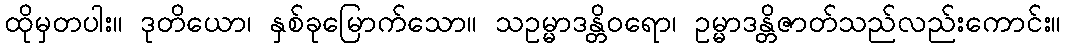
ထိုမှတပါး။ ဒုတိယော၊ နှစ်ခုမြောက်သော။ သဥမ္မာဒန္တိဝရော၊ ဥမ္မာဒန္တိဇာတ်သည်လည်းကောင်း။